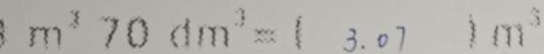
m ^ { 3 } 7 0 d m ^ { 3 } = ( 3 . 0 7 ) m ^ { 3 }